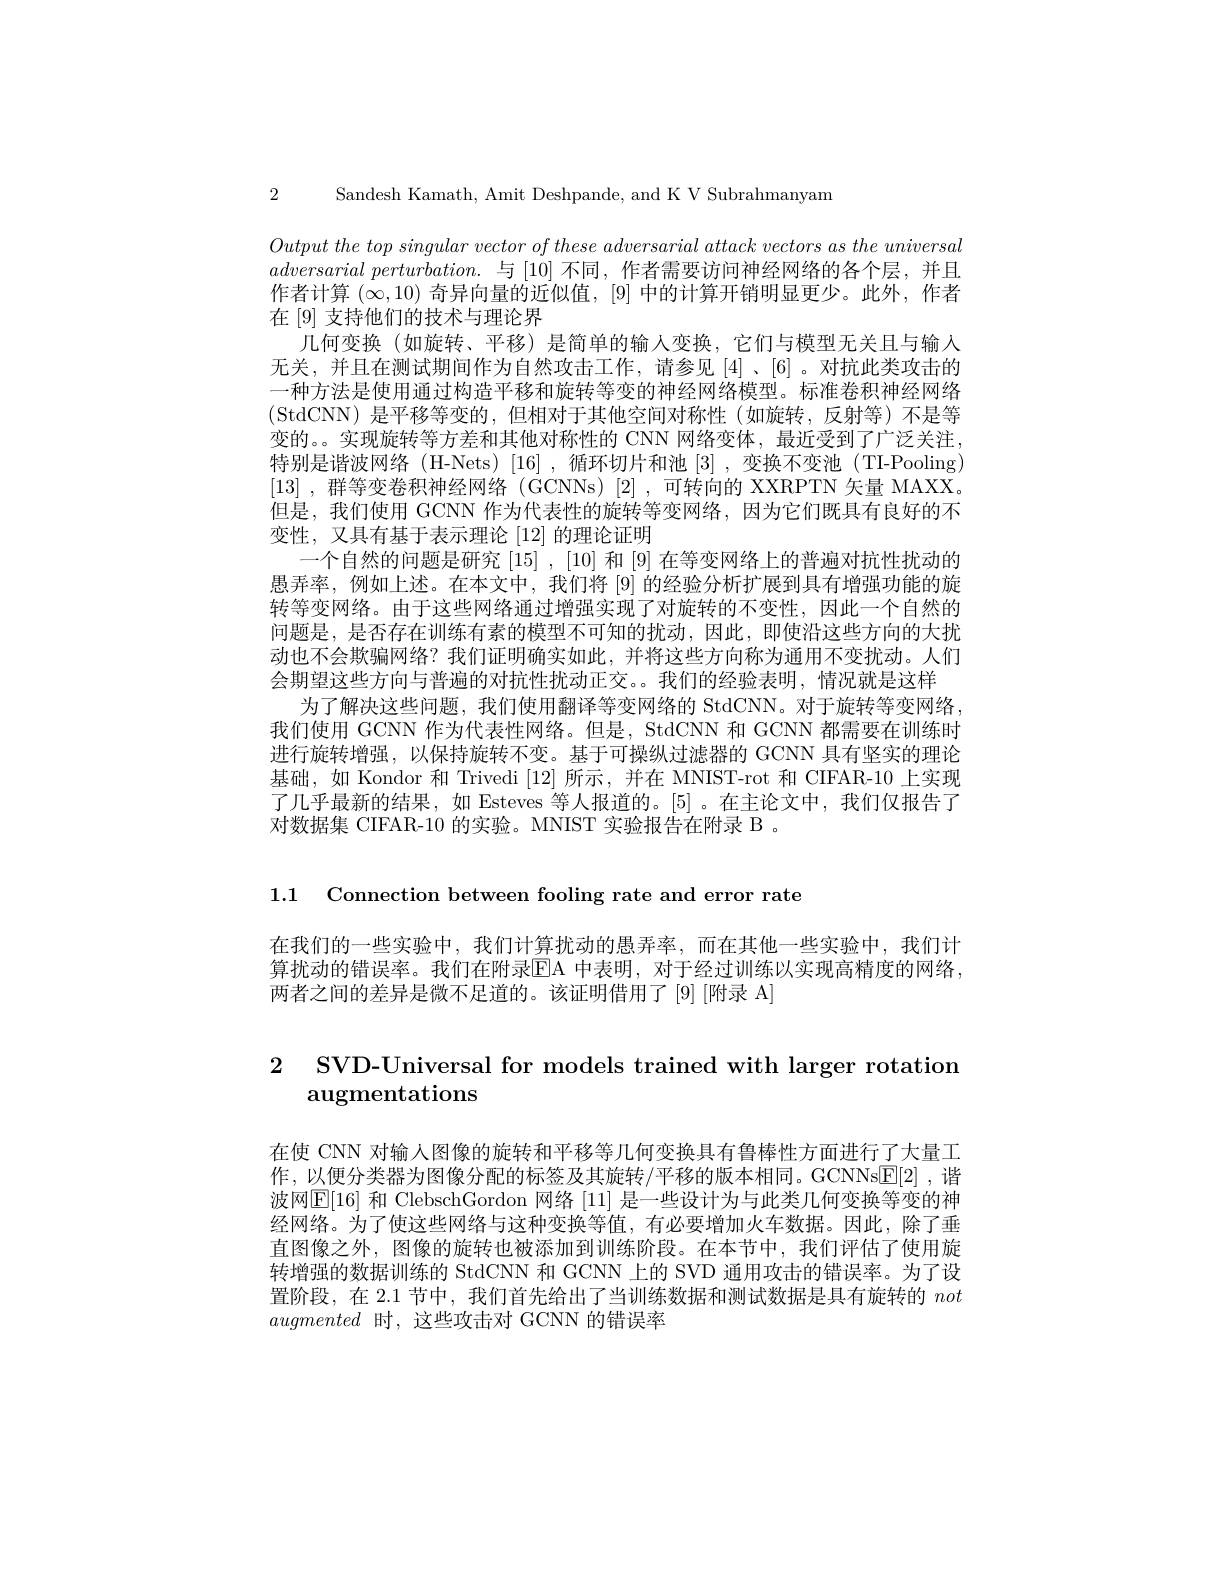
2 Sandesh Kamath, Amit Deshpande, and K V Subrahmanyam

Output the top singular vector $of$ these adversarial attack vectors $as$ the universal $adversarial~perturbation.~$与 $[10]~$不同，作者需要访问神经网络的各个层，并且作者计算$(\infty,10)$奇异向量的近似值，[9] 中的计算开销明显更少。此外，作者在 [9] 支持他们的技术与理论界
几何变换(如旋转、平移)是简单的输入变换，它们与模型无关且与输入无关，并且在测试期间作为自然攻击工作，请参见[4]、[6]。对抗此类攻击的一种方法是使用通过构造平移和旋转等变的神经网络模型。标准卷积神经网络(StdCNN)是平移等变的，但相对于其他空间对称性(如旋转，反射等)不是等变的。。实现旋转等方差和其他对称性的 CNN 网络变体，最近受到了广泛关注， 特别是谐波网络 (H-Nets)[16],循环切片和池[3],变换不变池(TI-Pooling) [13] , 群等变卷积神经网络 (GCNNs)[2]\:,\:可转向的 XXRPTN 矢量 MAXX。但是，我们使用 GCNN 作为代表性的旋转等变网络，因为它们既具有良好的不变性，又具有基于表示理论[12]的理论证明
一个自然的问题是研究[15] ,[10]和 [9] 在等变网络上的普遍对抗性扰动的愚弄率，例如上述。在本文中，我们将[9]的经验分析扩展到具有增强功能的旋转等变网络。由于这些网络通过增强实现了对旋转的不变性，因此一个自然的问题是，是否存在训练有素的模型不可知的扰动，因此，即使沿这些方向的大扰动也不会欺骗网络？我们证明确实如此，并将这些方向称为通用不变扰动。人们会期望这些方向与普遍的对抗性扰动正交。。我们的经验表明，情况就是这样
为了解决这些问题，我们使用翻译等变网络的 StdCNN。对于旋转等变网络， 我们使用 GCNN 作为代表性网络。但是，StdCNN 和 GCNN 都需要在训练时进行旋转增强，以保持旋转不变。基于可操纵过滤器的 GCNN 具有坚实的理论基础，如 Kondor 和 Trivedi [12]所示，并在 MNST-rot 和 CIFAR-10 上实现了几乎最新的结果，如 Esteves 等人报道的。[5] 。在主论文中，我们仅报告了对数据集 CIFAR-10 的实验。MNIST 实验报告在附录 B 。

1.1 Connection between fooling rate and error rate

在我们的一些实验中，我们计算扰动的愚弄率，而在其他一些实验中，我们计算扰动的错误率。我们在附录EA 中表明，对于经过训练以实现高精度的网络， 两者之间的差异是微不足道的。该证明借用了「9][附录 A]

2 SVD-Universal for models trained with larger rotatior
# ${\mathrm{augmentations}}$

在使 CNN 对输人图像的旋转和平移等几何变换具有鲁棒性方面进行了大量工作，以便分类器为图像分配的标签及其旋转/平移的版本相同。GCNNsE[2],谐波网$\underline{\mathrm{E}}[16]$和 ClebschGordon 网络[11]是一些设计为与此类几何变换等变的神经网络。为了使这些网络与这种变换等值，有必要增加火车数据。因此，除了垂直图像之外，图像的旋转也被添加到训练阶段。在本节中，我们评估了使用旋转增强的数据训练的 StdCNN 和 GCNN 上的 SVD 通用攻击的错误率。为了设置阶段，在 2.1 节中，我们首先给出了当训练数据和测试数据是具有旋转的not augmented时，这些攻击对 GCNN 的错误率